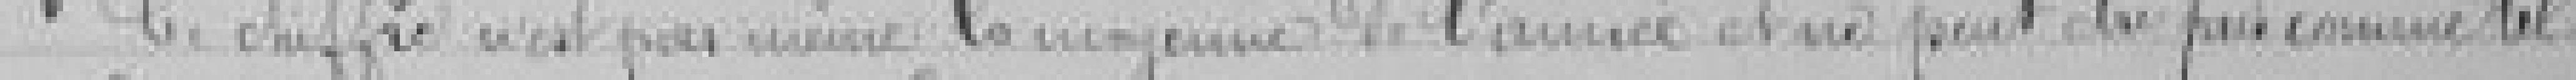
Ce chiffre n'est pas même la moyenne de l'année et ne peut être pris comme tel.